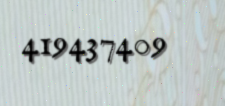
419437409